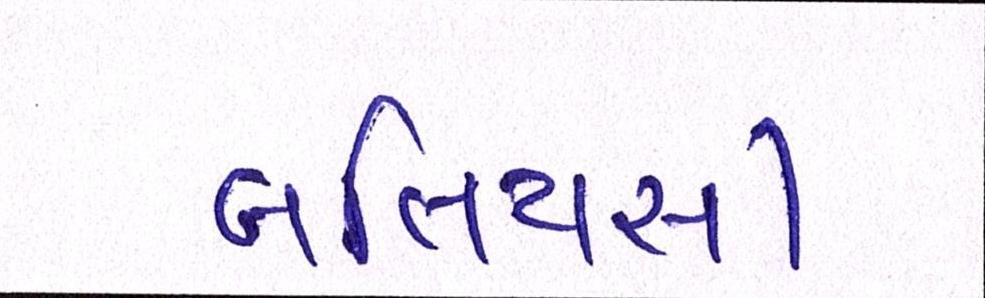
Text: બલિયસી